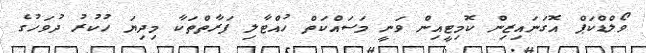
ވޯލްޑްކަޕް އޮގަނައިޒިން ކޮމިޓީއިން ވަނީ މަސައްކަތް ހުއްޓާލި ފަރާތްތަކާ މިދިޔަ ހުކުރު ދުވަހުގެ